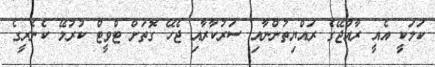
ކަމަކީ އެއީ ރާއްޖޭގެ ރައްޔިތުންނާއި ސަރުކާރާއި ޖެހޭ ގޮތަަށް ޓްވީޓް ކުރުމޭ ކެނެރީގެ